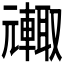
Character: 𮝦